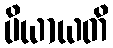
ပိယာယတိ